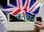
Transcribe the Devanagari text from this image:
धनुधर